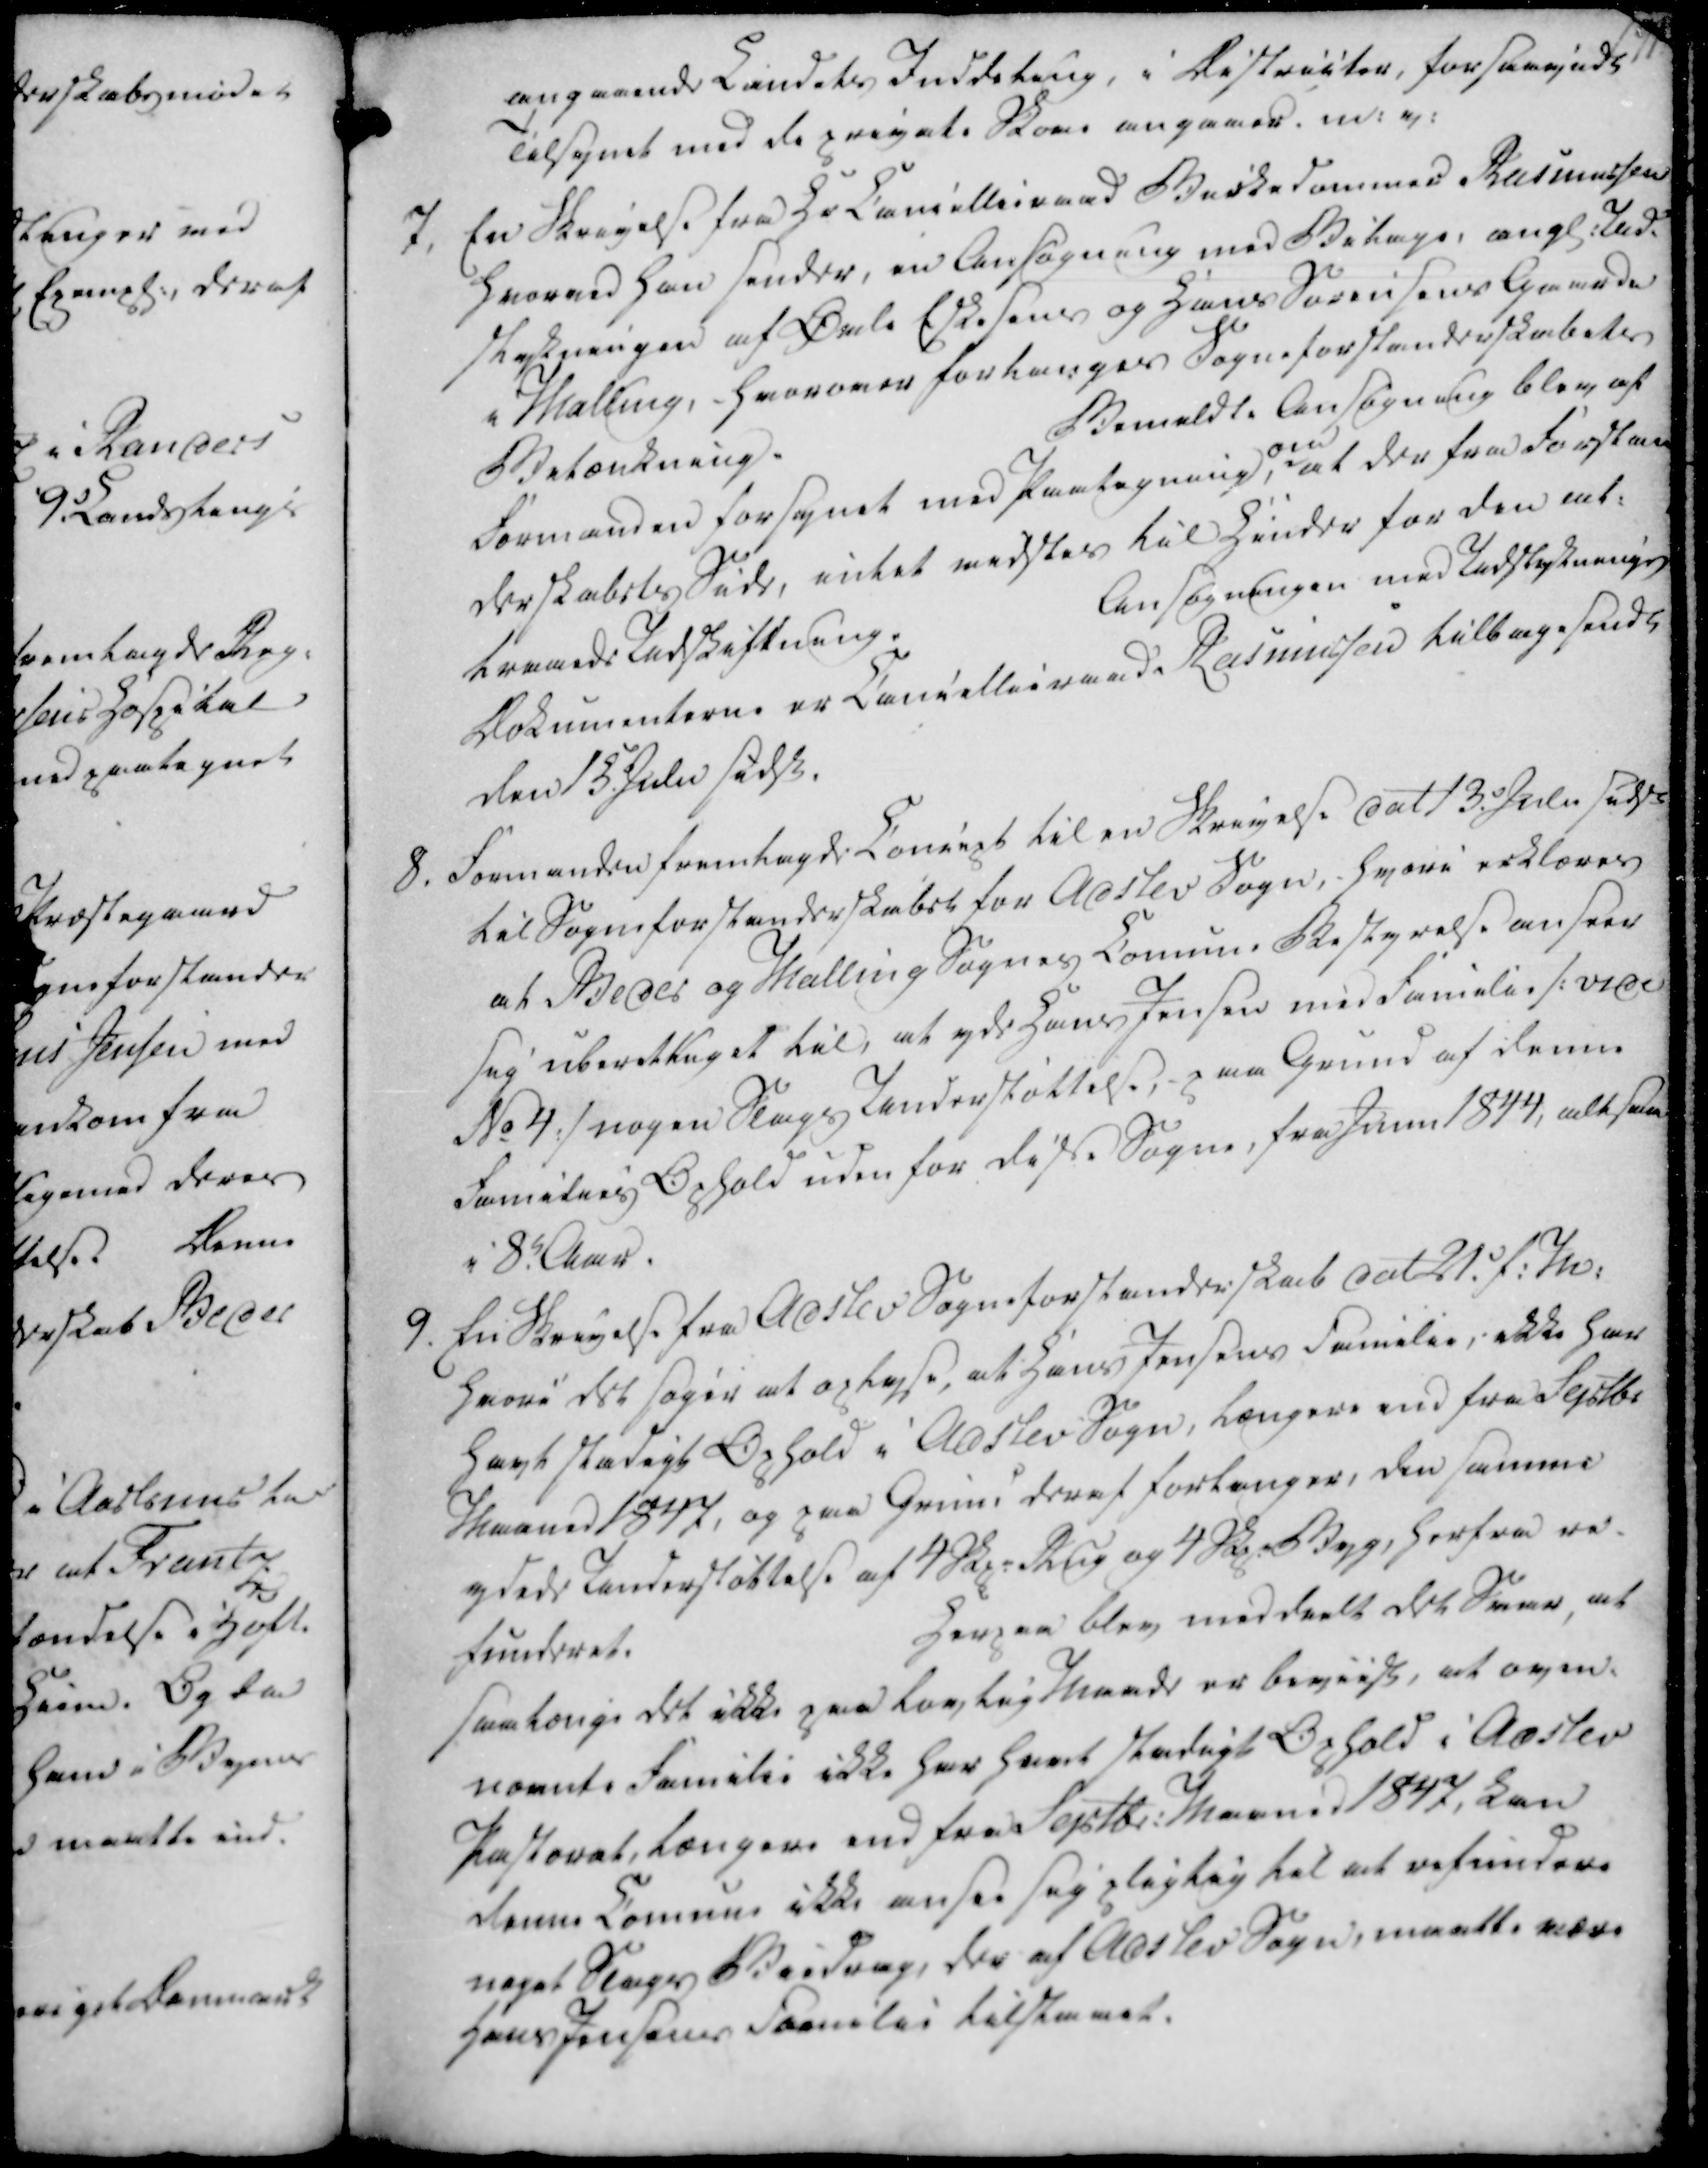
Transskription:
angaaende Landets Inddeling, i Districter, forsaavidt

Tilsynet med de private Skove angaaes. m.v.

7. En Skrivelse fra Hr Cancellieraad Birkedommer Rasmussen

Hvorved han sender, en Ansøgning med Bilage, angl. Ud-

stykningen af Øvle Eskesens og Hans Sørensens Gaarde

i Malling, - hvorover forlanges Sogneforstanderskabets

Betænkning.

Bemeldte Ansøgning blev af

Formanden forsynet med Paategning,

om

at der fra Forstan

derskabets Side, intet vidstes til Hinder for den at.

trevede Undskiftning.

Ansøgningen med Udstyknings

Dokumenterne er Cancellieraad Rasmussen tilbagesendt

den 15. Julii sidsl.

angaaende Landets Inddeling, i Districter, forsaavidt
Tilsynet med de private Skove angaaes. m.v.
7. En Skrivelse fra Hr Cancellieraad Birkedommer Rasmussen
Hvorved han sender, en Ansøgning med Bilage, angl. Ud-
stykningen af Øvle Eskesens og Hans Sørensens Gaarde
i Malling, - hvorover forlanges Sogneforstanderskabets
Betænkning.
Bemeldte Ansøgning blev af
Formanden forsynet med Paategning,
om
at der fra Forstan
derskabets Side, intet vidstes til Hinder for den at.
trevede Undskiftning.
Ansøgningen med Udstyknings
Dokumenterne er Cancellieraad Rasmussen tilbagesendt
den 15. Julii sidsl.

8. Formanden fremlagde Concept til en Skrivelse dat 13. Juli sidsl

til Sogneforstanderskabet for Adslev Sogn, hvori erklæres

at Beder og Malling Sognes Comune Bestyrelse anseer

sig uberettiget til, at yde Hans Jensen med Familie /: vide

No 4 :/ nogen Slags Understøttelse, paa Grund af denne

Families Ophold uden for disse Sogne, fra Junii 1844, altsaa

i 8. Aar.

8. Formanden fremlagde Concept til en Skrivelse dat 13. Juli sidsl
til Sogneforstanderskabet for Adslev Sogn, hvori erklæres
at Beder og Malling Sognes Comune Bestyrelse anseer
sig uberettiget til, at yde Hans Jensen med Familie /: vide
No 4 :/ nogen Slags Understøttelse, paa Grund af denne
Families Ophold uden for disse Sogne, fra Junii 1844, altsaa
i 8. Aar.

9. En Skrivelse fra Adslev Sogneforstanderskab dat 21. f.M.

hvori det søger at oplyse, at Hans Jensens Familie, ikke har

havt stadigt Ophold i Adslev Sogn, længere end fra Septbr

Maaned 1847, og paa Grund deraf forlanger, den samme

ydede Understøttelse af 4 Skp Rug og 4 Skp Byg, herfra re-

funderet.

Herpaa blev meddeelt det Svar, at

saalænge det ikke paa lovlig Maade er beviist, at oven-

nævnte Familie ikke har havt stadigt Ophold i Adslev

Pastorat, længere end fra Septbr. Maaned 1847, kan

denne Comune ikke ansee sig pligtig til at refundere

noget Slags Biedrag, der af Adslev Sogn, maatte være

Hans Jensens Familie tilstaaet.

9. En Skrivelse fra Adslev Sogneforstanderskab dat 21. f.M.
hvori det søger at oplyse, at Hans Jensens Familie, ikke har
havt stadigt Ophold i Adslev Sogn, længere end fra Septbr
Maaned 1847, og paa Grund deraf forlanger, den samme
ydede Understøttelse af 4 Skp Rug og 4 Skp Byg, herfra re-
funderet.
Herpaa blev meddeelt det Svar, at
saalænge det ikke paa lovlig Maade er beviist, at oven-
nævnte Familie ikke har havt stadigt Ophold i Adslev
Pastorat, længere end fra Septbr. Maaned 1847, kan
denne Comune ikke ansee sig pligtig til at refundere
noget Slags Biedrag, der af Adslev Sogn, maatte være
Hans Jensens Familie tilstaaet.